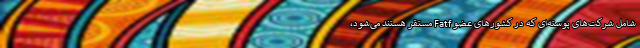
شامل شرکت‌های پوسته‌ای که در کشورهای عضو Fatf مستقر هستند می‌شود،